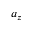
a _ { z }